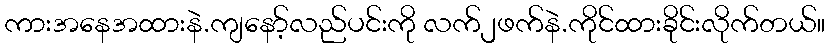
ကားအနေအထားနဲ.ကျနော့်လည်ပင်းကို လက်၂ဖက်နဲ.ကိုင်ထားခိုင်းလိုက်တယ်။